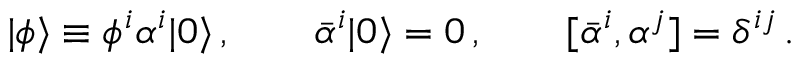
| \phi \rangle \equiv \phi ^ { i } \alpha ^ { i } | 0 \rangle \, , \qquad \bar { \alpha } ^ { i } | 0 \rangle = 0 \, , \qquad [ \bar { \alpha } ^ { i } , \alpha ^ { j } ] = \delta ^ { i j } \, .